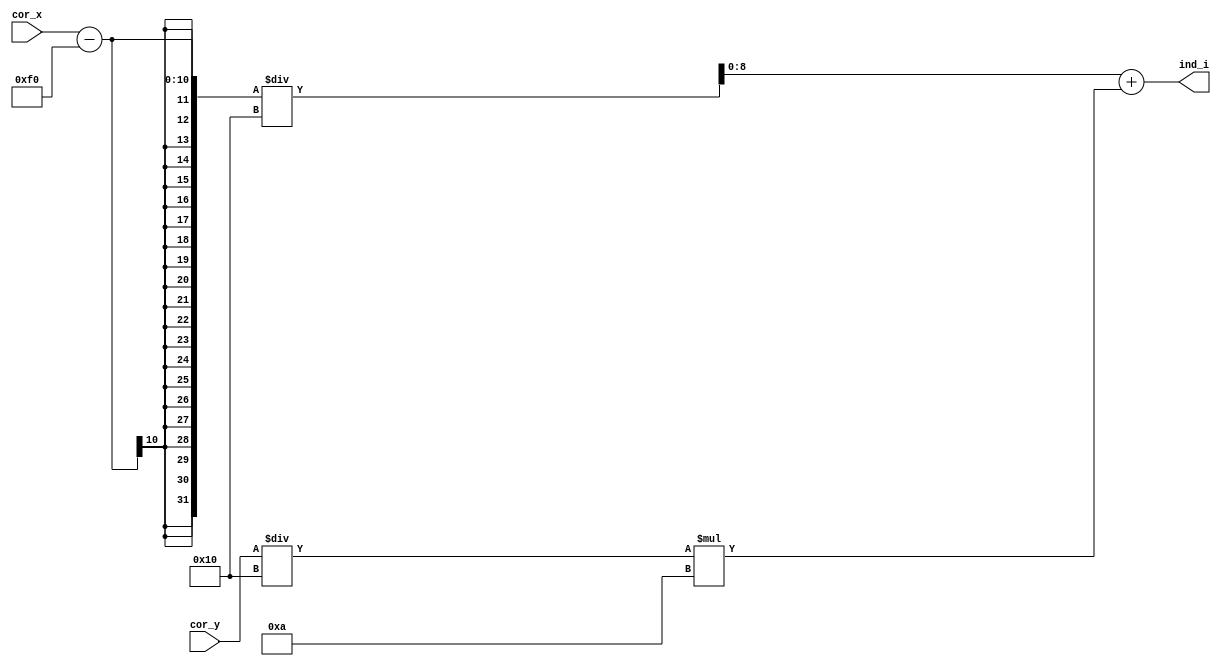
module coord2ind(
    input  [9:0] cor_x, cor_y,  // coordinates
    output [8:0] ind_i          // index
    );

    parameter size = 16;

    assign ind_i = (cor_x - 240) / size + (cor_y / size) * 10;

endmodule